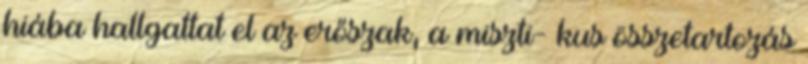
hiába hallgattat el az erőszak, a miszti- kus összetartozás